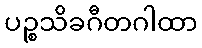
ပဉ္စသိခဂီတဂါထာ